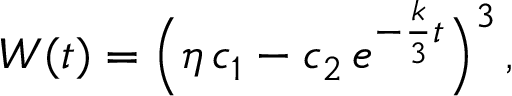
W ( t ) = { \Big ( } \eta \, c _ { 1 } - c _ { 2 } \, e ^ { - { \frac { k } { 3 } } t } { \Big ) } ^ { 3 } \, ,